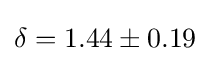
\delta =1.44\pm 0.19